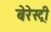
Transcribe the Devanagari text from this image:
बेरेस्ट्री